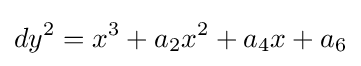
dy^{2}=x^{3}+a_{2}x^{2}+a_{4}x+a_{6}